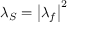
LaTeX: \lambda _ { S } = \left| \lambda _ { f } \right| ^ { 2 }